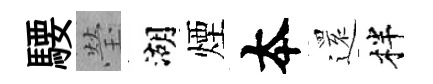
騕瑩湖煙夲𮟃柈